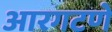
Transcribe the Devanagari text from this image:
आरगटणे